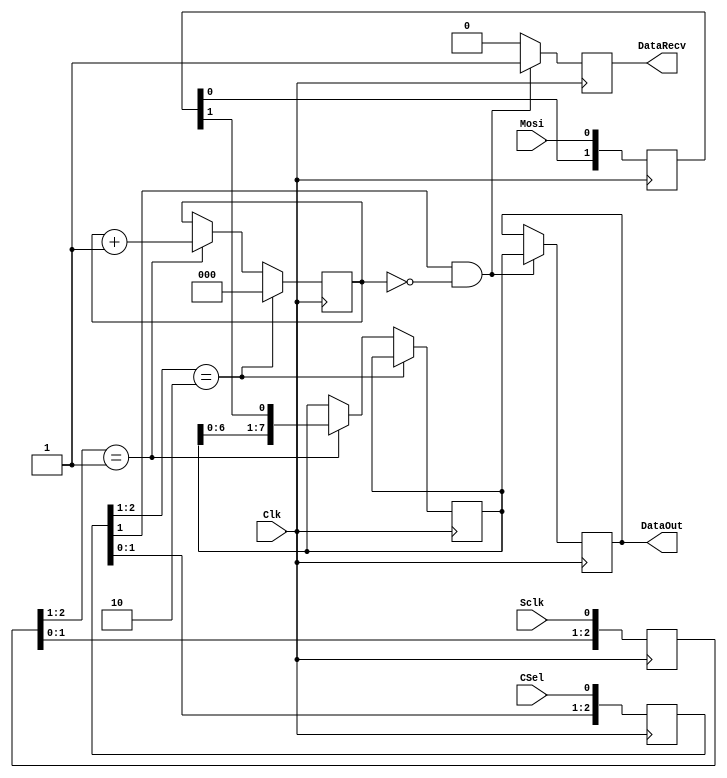
module spi (
    input wire Clk,
    input wire Sclk,
    input wire Mosi,
    input wire CSel,
    output reg DataRecv,
    output reg[7:0] DataOut
);
/*
reg[7:0] DataBuffer = 1'b0;
reg[2:0] PulseCnt = 1'b0;

always @(posedge Sclk or posedge CSel) begin
    if (CSel) begin
	 	  PulseCnt = 3'b000;
	 end else begin
	 	  DataBuffer = {DataBuffer[6:0], Mosi};
	     if (PulseCnt == 3'b111) begin
		      DataRecv <= 1;
            DataOut = DataBuffer;
        end else if (PulseCnt == 3'b010) begin
            DataRecv <= 0;
	     end
	     PulseCnt = PulseCnt + 1'b1;
	 end
end
*/

reg[2:0] SclkSample;
always @(posedge Clk) SclkSample <= { SclkSample[1:0], Sclk };

wire SclkRise = SclkSample[2:1] == 2'b01;
wire SclkFall = SclkSample[2:1] == 2'b10;

reg[2:0] CSelSample;
always @(posedge Clk) CSelSample <= { CSelSample[1:0], CSel };

wire CSelActive = ~CSelSample[1];
wire CSelRise = CSelSample[2:1] == 2'b01;
wire CSelFall = CSelSample[2:1] == 2'b10;

reg[1:0] MosiSample;
always @(posedge Clk) MosiSample <= {MosiSample[0], Mosi};

wire MosiData = MosiSample[1];

reg[2:0] BitCnt = 3'b000;

reg[7:0] ByteDataRecv = 8'b00000000;

always @(posedge Clk) begin
    if (CSelFall) begin
	     BitCnt <= 3'b000;
	 end else if (SclkRise) begin
	     BitCnt <= BitCnt + 3'b001;
		  ByteDataRecv <= {ByteDataRecv[6:0], MosiData};
	 end
end

always @(posedge Clk) begin
	 if (~CSelActive && (BitCnt == 3'b000)) begin
	     DataRecv <= 1'b1;
        DataOut <= ByteDataRecv;
	 end else begin
	     DataRecv <= 1'b0;
	 end
end

endmodule